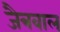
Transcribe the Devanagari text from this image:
जैत्रवाल